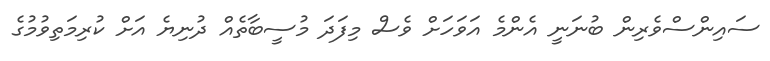
ސައިންސްވެރިން ބުނަނީ އެންމެ އަވަހަށް ވެސް މިފަދަ މުސީބާތެއް ދުނިޔެ އަށް ކުރިމަތިވުމުގެ